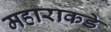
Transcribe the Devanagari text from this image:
महाराकडे